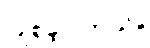
ပြုစုခဲ့ပါတယ်။